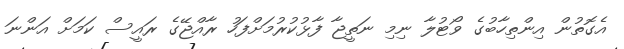
އެގޮތުން އިންތިހާބުގެ ވޯޓުލާ ނިމި ނަތީޖާ ފާޅުކުރުމަށްފަހު ރާއްޖޭގެ ރައީސް ކަމަށް އަންނަ